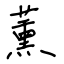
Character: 薰